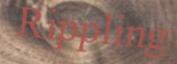
Rippling